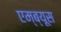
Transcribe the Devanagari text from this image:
एम्ब्यूस